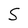
Character: S